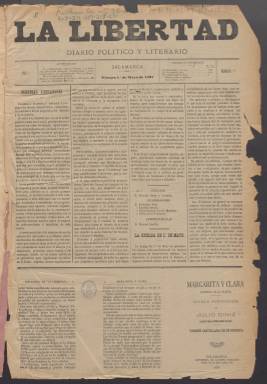
Título: La Libertad (Salamanca)
Colección: Periódicos
Ámbito geográfico: Salamanca
Lugar de publicación: Salamanca
Fechas: 01/05/1891-31/03/1892